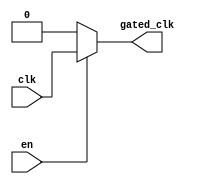
module clock_gating (
    input wire clk,         // Primary clock signal
    input wire en,          // Enable signal for clock gating
    output wire gated_clk   // Gated clock output
);

// Internal signals for clock gating
wire n_en; // Inverted enable signal

// Inverting the enable signal
assign n_en = ~en;

// Transistor-level clock gating using CMOS transmission gates
assign gated_clk = (en) ? clk : 1'b0; // Gated clock logic

endmodule